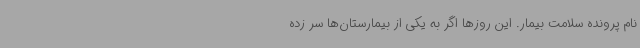
نام پرونده سلامت بیمار. این روزها اگر به یکی از بیمارستان‌ها سر زده